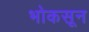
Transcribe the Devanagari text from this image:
भोकसून